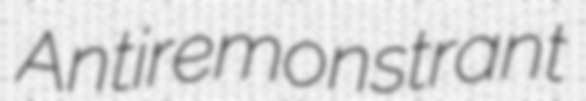
Antiremonstrant